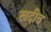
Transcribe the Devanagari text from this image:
खदीव